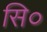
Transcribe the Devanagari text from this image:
सि०